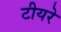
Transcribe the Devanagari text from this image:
टीयरे